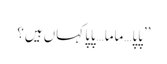
’’پاپا…ماما…پاپا کہاں ہیں؟